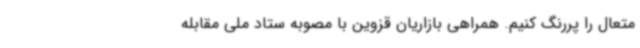
متعال را پررنگ کنیم. همراهی بازاریان قزوین با مصوبه ستاد ملی مقابله